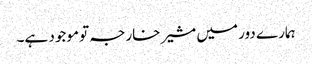
ہمارے دور میں مشیر خارجہ تو موجود ہے۔